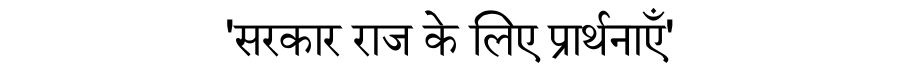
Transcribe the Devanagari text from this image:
'सरकार राज के लिए प्रार्थनाएँ'